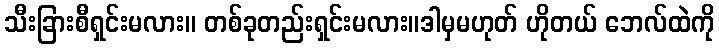
သီးခြားစီရှင်းမလား။ တစ်ခုတည်းရှင်းမလား။ဒါမှမဟုတ် ဟိုတယ် ဘေလ်ထဲကို